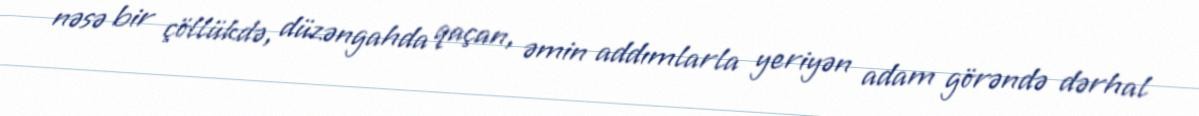
nəsə bir çöllükdə, düzəngahda qaçan, əmin addımlarla yeriyən adam görəndə dərhal